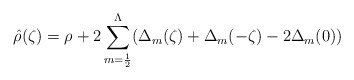
\begin{align*}\hat{\rho}(\zeta) = \rho + 2 \sum_{m={1\over2}}^\Lambda (\Delta_m(\zeta) + \Delta_m(-\zeta) - 2 \Delta_m(0) )\end{align*}